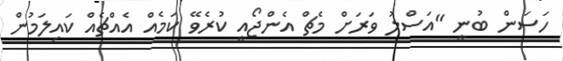
ހަސަން ބުނީ "އަސްލު ވަރަށް މެޗް އެންޖޯއީ ކުރެވޭ ކަމެއް އެއްޗެއް ކައިލަމުން